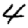
Digit: 4